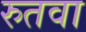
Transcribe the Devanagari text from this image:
रुतवा